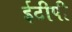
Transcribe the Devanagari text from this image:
ईटीपी